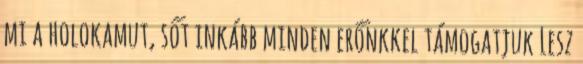
mi a holokamut, sőt inkább minden erőnkkel támogatjuk Lesz